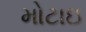
મોટાઇ